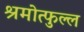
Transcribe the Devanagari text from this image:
श्रमोत्फुल्ल